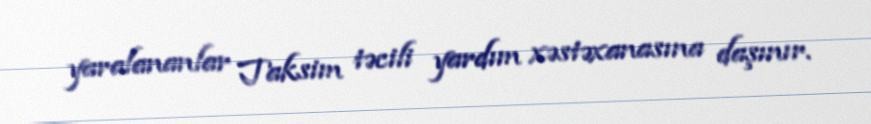
yaralananlar Taksim təcili yardım xəstəxanasına daşınır.